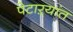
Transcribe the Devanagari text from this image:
पेटाऱ्यांत